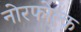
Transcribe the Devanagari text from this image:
नोरफोल्क